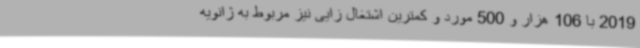
2019 با 106 هزار و 500 مورد و کمترین اشتغال زایی نیز مربوط به ژانویه